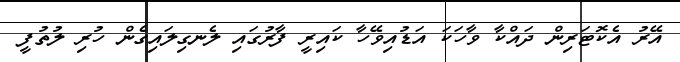
އޭރު އެކޮޓަރިން ދައްކާ ވާހަކަ އަޑުއިވޭހާ ކައިރީ ފާރުގައި ލެނގިލައިގެން ހުރި ލުތުފީ